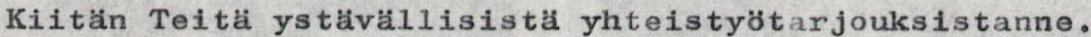
Kiitän Teitä ystävällisistä yhteistyötarjouksistanne.